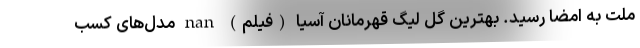
ملت به امضا رسید. بهترین گل لیگ قهرمانان آسیا (فیلم) nan مدل‌های کسب